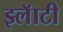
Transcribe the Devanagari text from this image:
झ्लॅाटी